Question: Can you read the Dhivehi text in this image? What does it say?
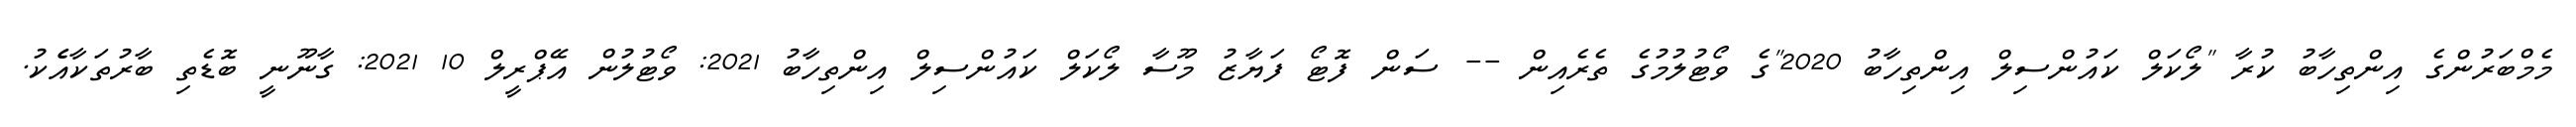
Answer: މެމްބަރުންގެ އިންތިހާބު ކުރާ "ލޯކަލް ކައުންސިލް އިންތިހާބު 2020"ގެ ވޯޓުލުމުގެ ތެރެއިން -- ސަން ފޮޓޯ ފަޔާޒު މޫސާ ލޯކަލް ކައުންސިލް އިންތިހާބު 2021: ވޯޓުލުން އޭޕްރީލް 10 2021: ގާނޫނީ ބޮޑެތި ބާރުތަކާއެެކު.